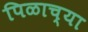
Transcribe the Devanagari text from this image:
पिळाच्या